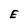
Character: E